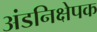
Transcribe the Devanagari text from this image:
अंडनिक्षेपक